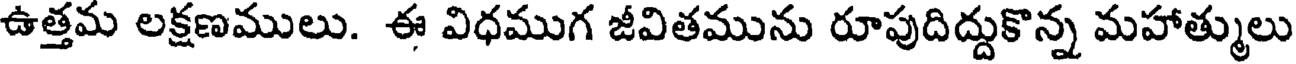
ఉత్తమ లక్షణములు. ఈ విధముగ జీవితమును రూపుదిద్దుకొన్న మహాత్ములు